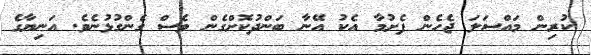
ކުރިން މައްސަލަ ޖެހެން ފެށުމާ އެކު އޭނާ ބަންދުކޮށްގެން ވެސް ގެންގުޅުނެވެ. އަނިޔާގެ